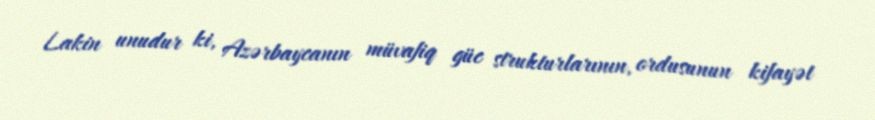
Lakin unudur ki, Azərbaycanın müvafiq güc strukturlarının, ordusunun kifayət